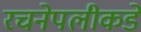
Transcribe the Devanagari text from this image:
रचनेपलीकडे